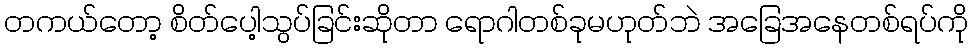
တကယ်တော့ စိတ်ပေါ့သွပ်ခြင်းဆိုတာ ရောဂါတစ်ခုမဟုတ်ဘဲ အခြေအနေတစ်ရပ်ကို